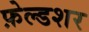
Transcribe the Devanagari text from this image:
फ़ेल्डशर